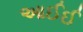
આઈઈ